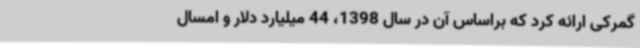
گمرکی ارائه کرد که براساس آن در سال 1398، 44 میلیارد دلار و امسال